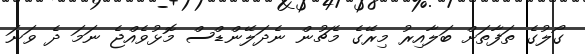
ގޯލުގެ ތަފާތަށް ބަލާއިރު މިރޭގެ މެޗުން ނެދަލޭންޑްސް މޮޅުވެއްޖެ ނަމަ ދެ ވަނަ